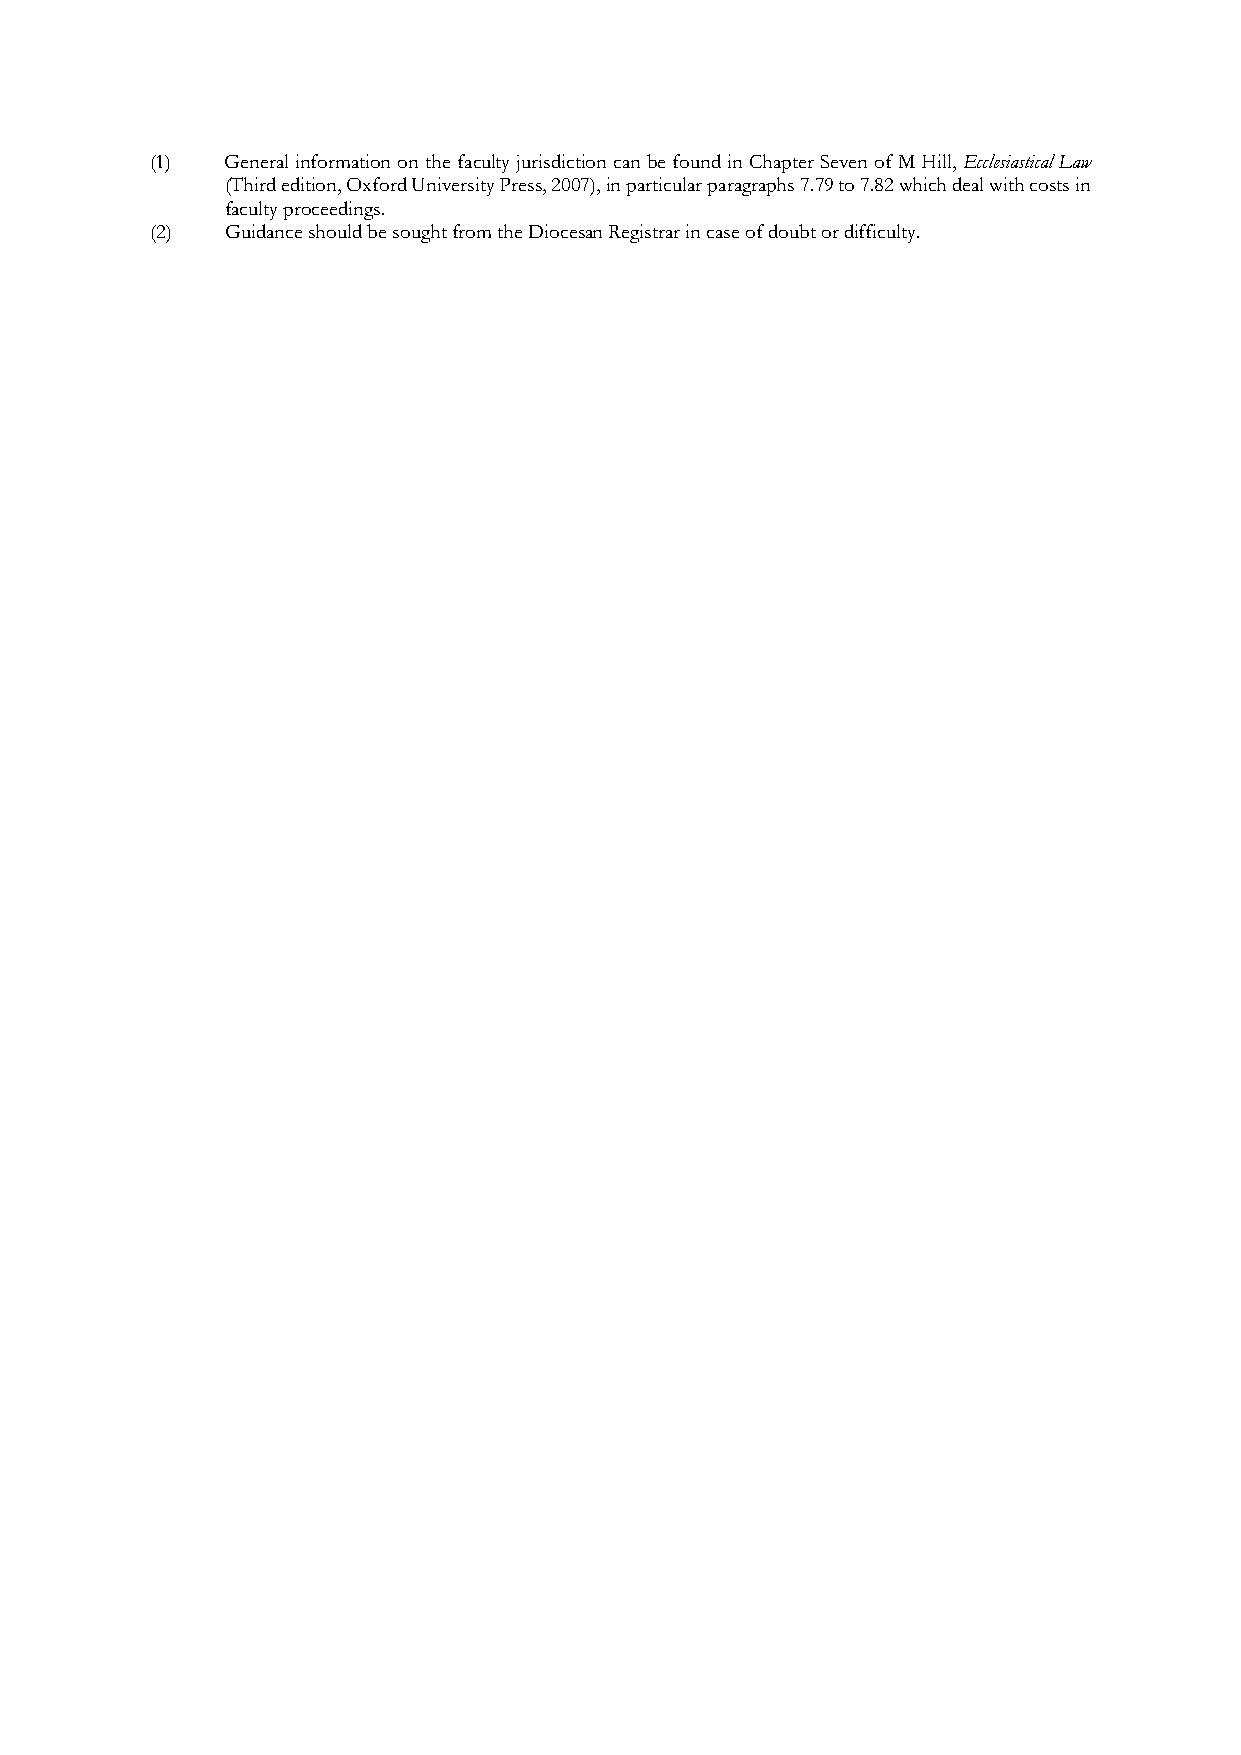
(1)  General information on the faculty jurisdiction can be found in Chapter Seven of M Hill, Ecclesiastical Law
 (Third edition, Oxford University Press, 2007), in particular paragraphs 7.79 to 7.82 which deal with costs in
 faculty proceedings.
 (2)  Guidance should be sought from the Diocesan Registrar in case of doubt or difficulty.